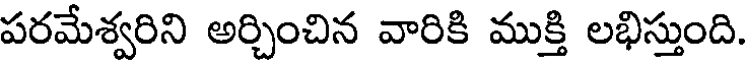
పరమేశ్వరిని అర్చించిన వారికి ముక్తి లభిస్తుంది.